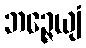
ဘဉ္ဇေယျံ